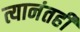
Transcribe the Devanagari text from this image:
त्यानंतही